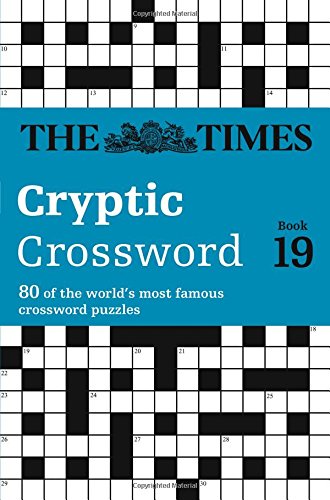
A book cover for The Times Cryptic Crossword Book 19; The Times Mind Games; Crafts, Hobbies & Home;